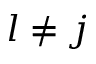
l \neq j